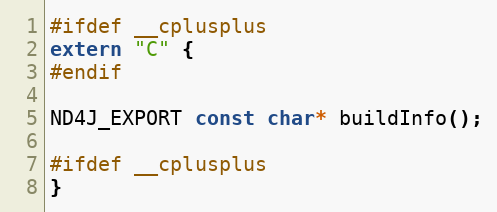
Language: C
#ifdef __cplusplus
extern "C" {
#endif

ND4J_EXPORT const char* buildInfo();

#ifdef __cplusplus
}